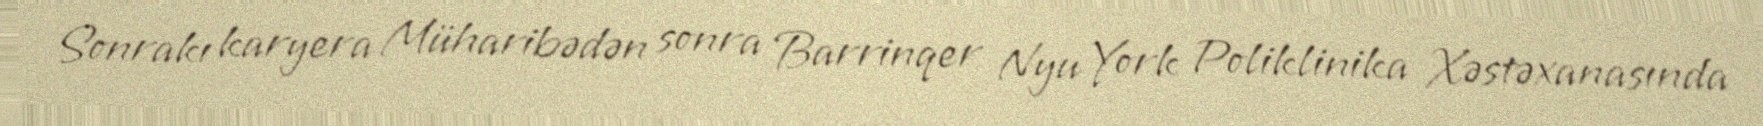
Sonrakı karyera Müharibədən sonra Barrinqer Nyu York Poliklinika Xəstəxanasında